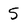
Character: 5